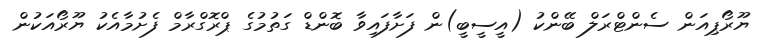
ޔޫރޯޕިއަން ސެންޓްރަލް ބޭންކު (އީސީބީ)ން ފަށާފައިވާ ބޮންޑް ގަތުމުގެ ޕްރޮގްރާމް ފެށުމާއެކު ޔޫރޯއަކުން